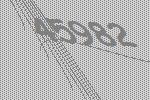
45982